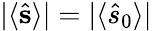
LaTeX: |\langle\hat{\mathbf s}\rangle|=|\langle\hat{s}_{0}\rangle|